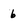
Character: 6